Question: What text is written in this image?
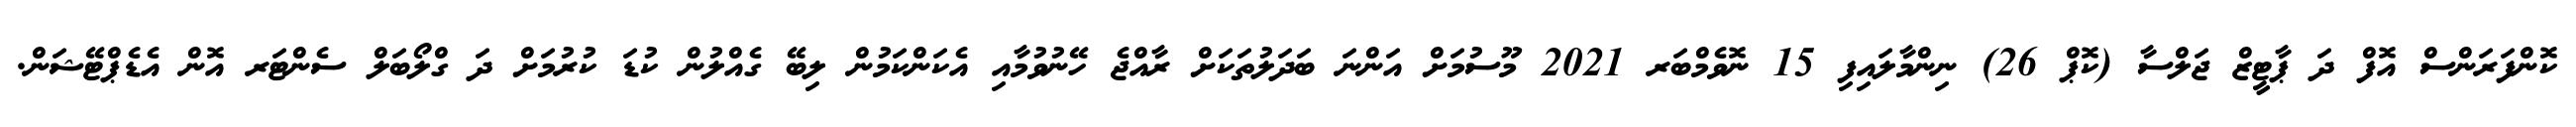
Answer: ކޮންފަރަންސް އޮފް ދަ ޕާޓީޒް ޖަލްސާ (ކޮޕް 26) ނިންމާލައިފި 15 ނޮވެމްބަރ 2021 މޫސުމަށް އަންނަ ބަދަލުތަކަށް ރާއްޖެ ހޭނުވުމާއި އެކަންކަމުން ލިބޭ ގެއްލުން ކުޑަ ކުރުމަށް ދަ ގްލޯބަލް ސެންޓަރ އޮން އެޑެޕްޓޭޝަން.